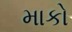
માકો